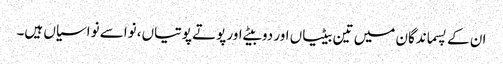
ان کے پسماندگان میں تین بیٹیاں اور دو بیٹے اور پوتے پوتیاں، نواسے نواسیاں ہیں۔